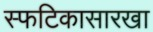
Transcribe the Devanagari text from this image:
स्फटिकासारखा